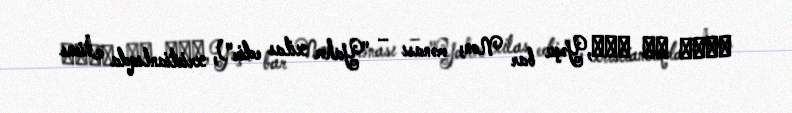
ܝܫܘܥ ܒܪ ܢܘܢ,Yəşu bar Non; mənası – "Yahve xilas edir"), xristianlıqda İisus